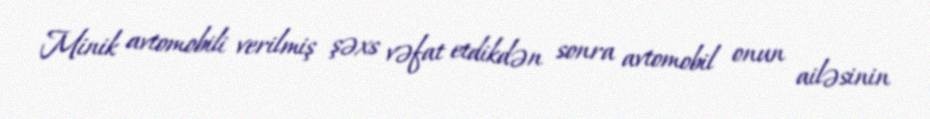
Minik avtomobili verilmiş şəxs vəfat etdikdən sonra avtomobil onun ailəsinin